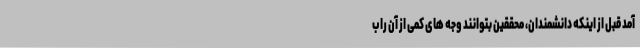
آمد قبل از اینکه دانشمندان، محققین بتوانند وجه های کمی از آن را ب